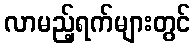
လာမည့်ရက်များတွင်